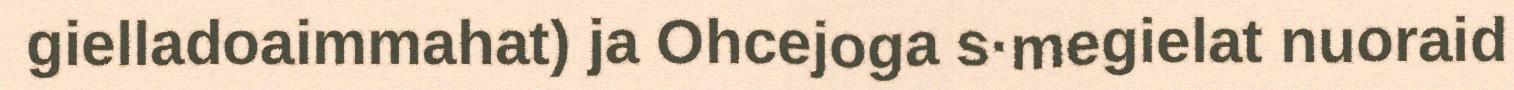
gielladoaimmahat) ja Ohcejoga s·megielat nuoraid